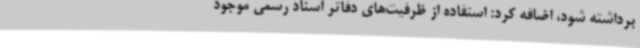
برداشته شود، اضافه کرد: استفاده از ظرفیت‌های دفاتر اسناد رسمی موجود